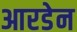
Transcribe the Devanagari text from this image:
आरडेन